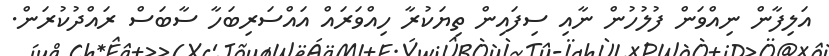
އަލިފާން ނިއްވަން ފުލުހުން ނާއި ސިފައިން ތިޔަކުރާ ހިއްވަރައް އައްސަރިބަހާ ސާބަސް ރައްދުކުރަން.